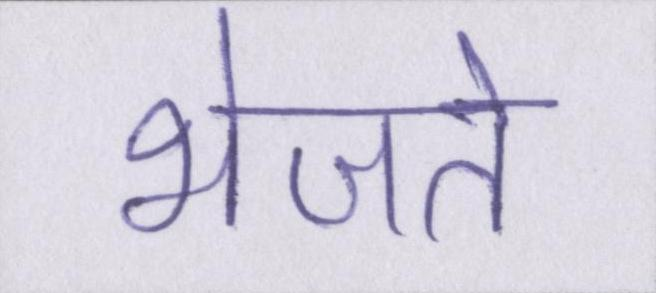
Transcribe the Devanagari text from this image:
भेजते